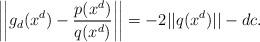
LaTeX: \begin{align*}\left|\left| g_d(x^d) - \frac{p(x^d)}{q(x^d)}\right|\right| =-2||q(x^d)|| - dc.\end{align*}